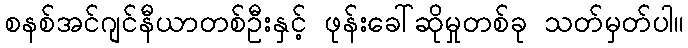
စနစ်အင်ဂျင်နီယာတစ်ဦးနှင့် ဖုန်းခေါ်ဆိုမှုတစ်ခု သတ်မှတ်ပါ။